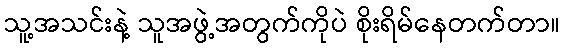
သူ့အသင်းနဲ့ သူအဖွဲ့အတွက်ကိုပဲ စိုးရိမ်နေတက်တာ။